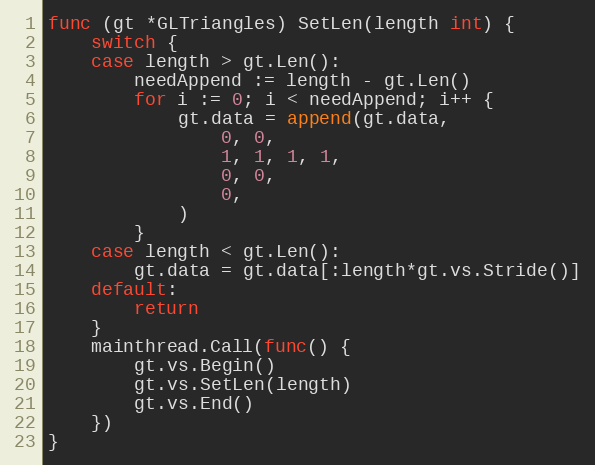
Language: Go
func (gt *GLTriangles) SetLen(length int) {
	switch {
	case length > gt.Len():
		needAppend := length - gt.Len()
		for i := 0; i < needAppend; i++ {
			gt.data = append(gt.data,
				0, 0,
				1, 1, 1, 1,
				0, 0,
				0,
			)
		}
	case length < gt.Len():
		gt.data = gt.data[:length*gt.vs.Stride()]
	default:
		return
	}
	mainthread.Call(func() {
		gt.vs.Begin()
		gt.vs.SetLen(length)
		gt.vs.End()
	})
}